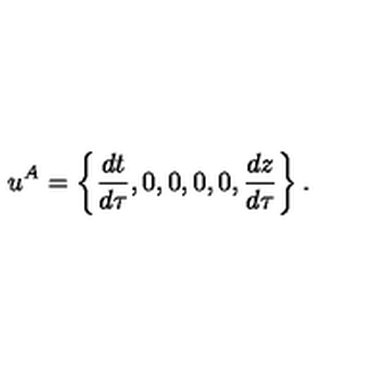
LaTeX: u ^ { A } = \left\{ { \frac { d t } { d \tau } } , 0 , 0 , 0 , 0 , { \frac { d z } { d \tau } } \right\} .